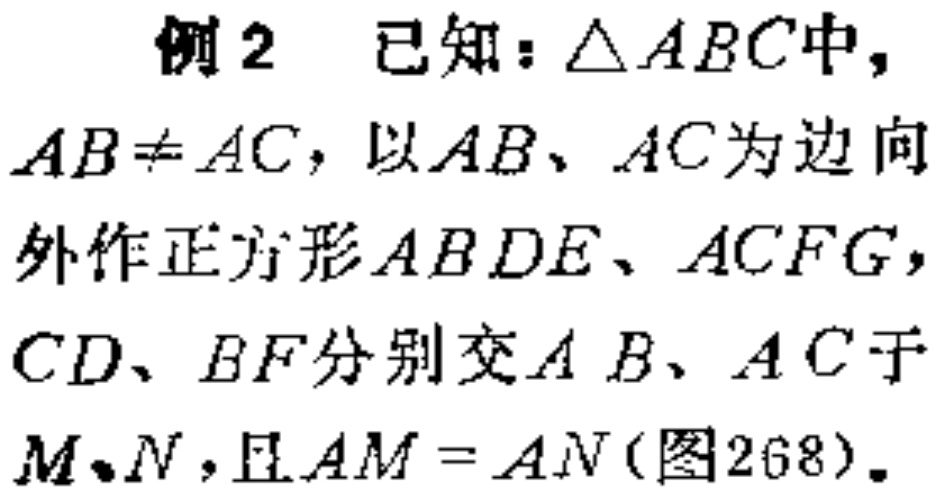
例2 已知：$\triangle ABC$中，
$AB\neq AC$，以$AB$、$AC$为边向
外作正方形$ABDE$、$ACFG$，
$CD$、$BF$分别交$AB$、$AC$于
$M、N$，且$AM = AN$(图268)。